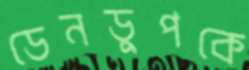
ডেনডুপকে